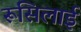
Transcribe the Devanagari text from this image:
रूसिलाई